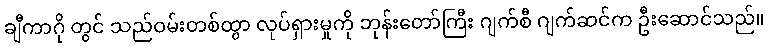
ချီကာဂို တွင် သည်ဝမ်းတစ်ထွာ လုပ်ရှားမှုကို ဘုန်းတော်ကြီး ဂျက်စီ ဂျက်ဆင်က ဦးဆောင်သည်။